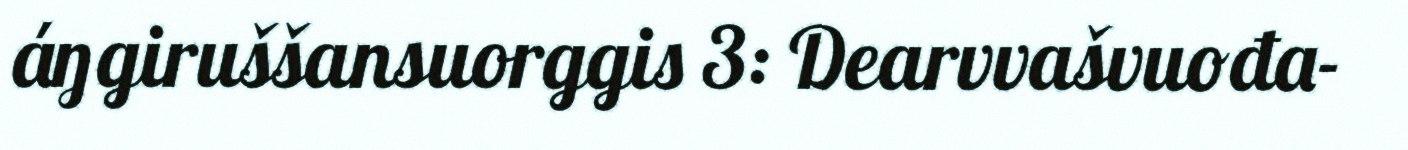
áŋgiruššansuorggis 3: Dearvvašvuođa-